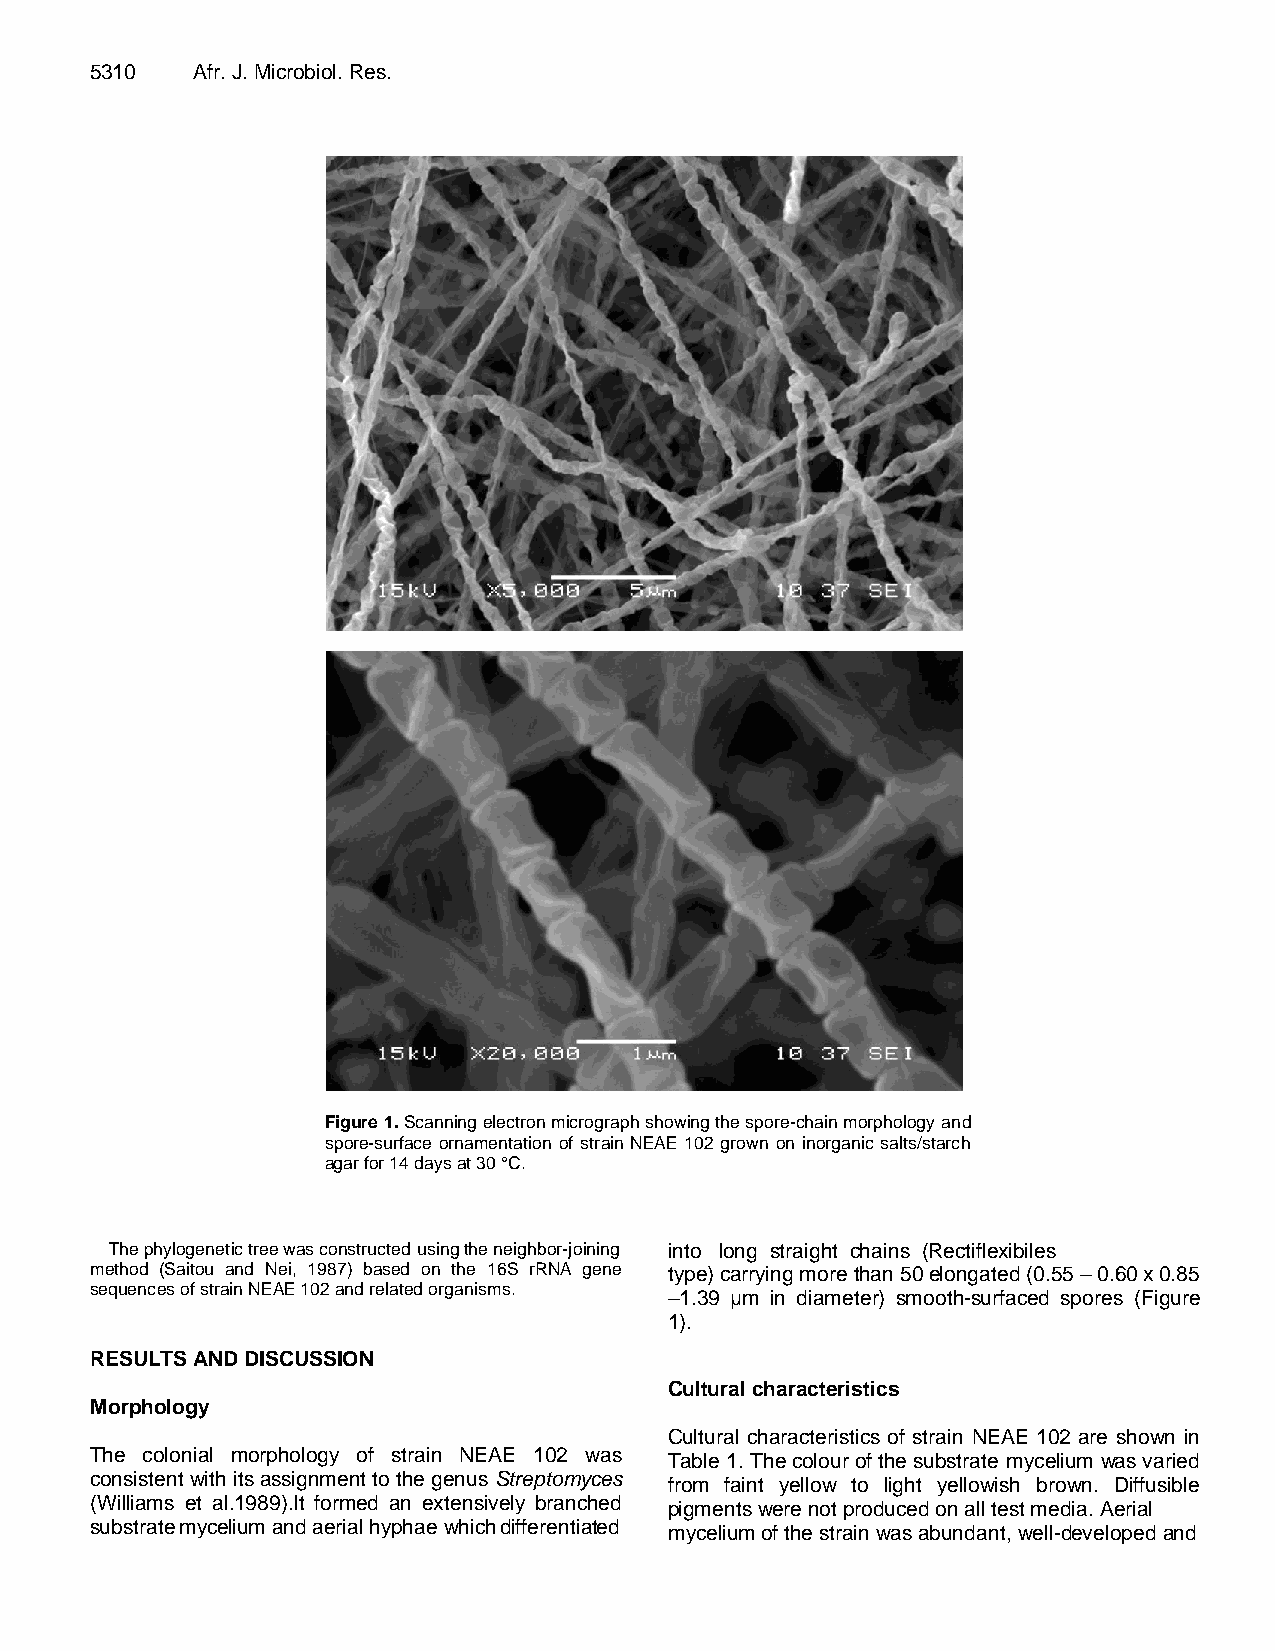
5310   Afr. J. Microbiol. Res.
 Figure 1. Scanning electron micrograph showing the spore-chain morphology and
 spore-surface ornamentation of strain NEAE 102 grown on inorganic salts/starch
 agar for 14 days at 30 °C.
 The phylogenetic tree was constructed using the neighbor-joining into long straight chains (Rectiflexibiles
 method (Saitou and Nei, 1987) based on the 16S rRNA gene type) carrying more than 50 elongated (0.55 – 0.60 x 0.85
 sequences of strain NEAE 102 and related organisms.
 –1.39 μm in diameter) smooth-surfaced spores (Figure
 1).
 RESULTS AND DISCUSSION
 Cultural characteristics
 Morphology
 Cultural characteristics of strain NEAE 102 are shown in
 The colonial morphology of strain NEAE 102 was Table 1. The colour of the substrate mycelium was varied
 consistent with its assignment to the genus Streptomyces
 from faint yellow to light yellowish brown. Diffusible
 (Williams et al.1989).It formed an extensively branched pigments were not produced on all test media. Aerial
 substrate mycelium and aerial hyphae which differentiated mycelium of the strain was abundant, well-developed and